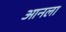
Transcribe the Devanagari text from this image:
आनला